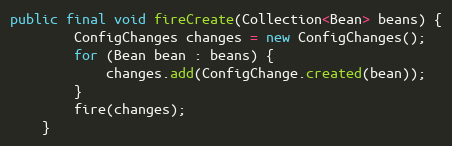
Language: Java
public final void fireCreate(Collection<Bean> beans) {
        ConfigChanges changes = new ConfigChanges();
        for (Bean bean : beans) {
            changes.add(ConfigChange.created(bean));
        }
        fire(changes);
    }